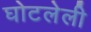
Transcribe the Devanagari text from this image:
घोटलेली